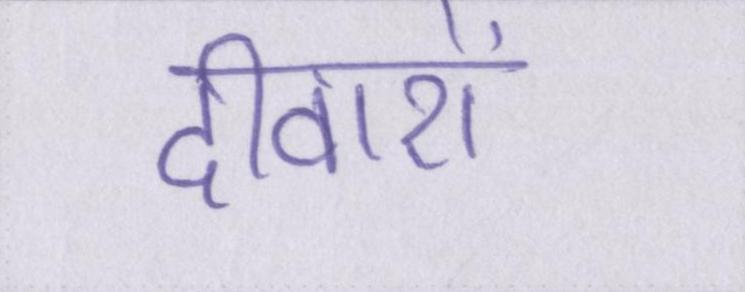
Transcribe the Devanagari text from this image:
दीवारों